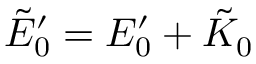
\tilde { E } _ { 0 } ^ { \prime } = E _ { 0 } ^ { \prime } + \tilde { K } _ { 0 }